Source: Handwritten
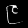
Digit: ၉ (9)